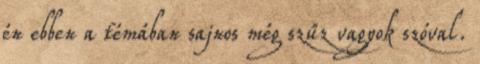
én ebben a témában sajnos még szűz vagyok szóval.